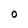
Character: O